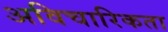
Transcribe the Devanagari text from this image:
अविचारिकता